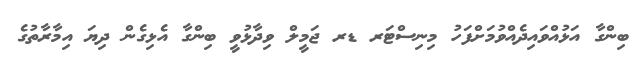
ބިންގާ އަޅުއްވައިދެއްވުމަށްފަހު މިނިސްޓަރ ޑރ ޖަމީލް ވިދާޅުވީ ބިންގާ އެޅިގެން ދިޔަ އިމާރާތުގެ